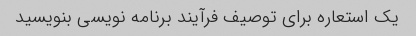
یک استعاره برای توصیف فرآیند برنامه نویسی بنویسید